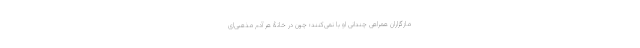
مازگزاران همراهی چندانی او با نمی‌کنند؛ چون در خانۀ هر آدم مذهبی‌ای